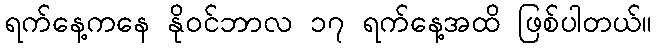
ရက်နေ့ကနေ နိုဝင်ဘာလ ၁၇ ရက်နေ့အထိ ဖြစ်ပါတယ်။